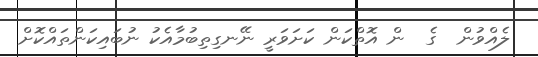
ލެއްވުން  ގެ  ން އޮތްކަން ކަށަވަރީ ނޭނގިތިބުމާއެކު ނުބައިކަންތައްކޮށް